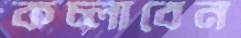
কচ্‌লাবেন